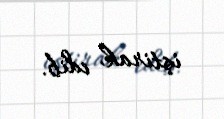
iştirak edib.